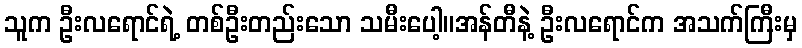
သူက ဦးလရောင်ရဲ့ တစ်ဦးတည်းသော သမီးပေါ့။အန်တီနဲ့ ဦးလရောင်က အသက်ကြီးမှ